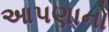
આપણાનો